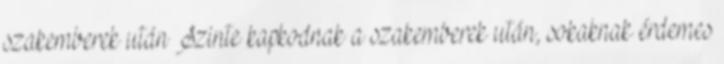
szakemberek után Szinte kapkodnak a szakemberek után, sokaknak érdemes